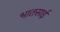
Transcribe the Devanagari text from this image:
भातसाई